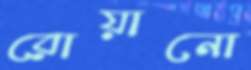
রোয়ানো